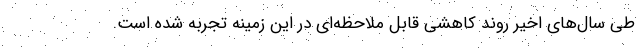
طی سال‌های اخیر روند کاهشی قابل ملاحظه‌ای در این زمینه تجربه شده است.